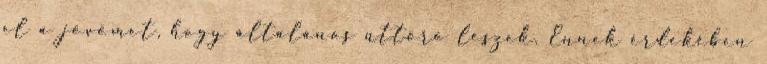
el a jövőmet, hogy általános úttörő leszek. Ennek érdekében